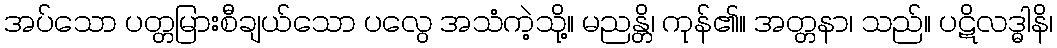
အပ်သော ပတ္တမြားစီချယ်သော ပလွေ အသံကဲ့သို့။ မညန္တိ၊ ကုန်၏။ အတ္တနာ၊ သည်။ ပဋိလဒ္ဓါနိ၊